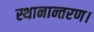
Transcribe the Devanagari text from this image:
स्थानान्तरण।